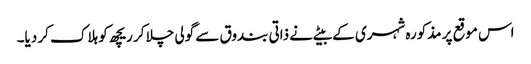
اس موقع پر مذکورہ شہری کے بیٹے نے ذاتی بندوق سے گولی چلا کر ریچھ کو ہلاک کر دیا۔